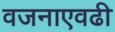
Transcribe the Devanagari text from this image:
वजनाएवढी